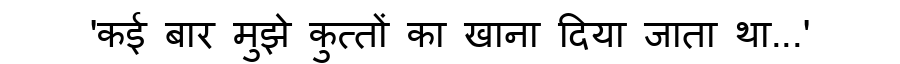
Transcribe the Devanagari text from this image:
'कई बार मुझे कुत्तों का खाना दिया जाता था...'